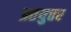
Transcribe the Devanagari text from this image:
प्रतयुत्तर